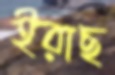
ইরাছ